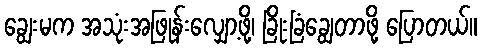
ချွေးမက အသုံးအဖြုန်းလျှော့ဖို့၊ ခြိုးခြံချွေတာဖို့ ပြောတယ်။